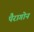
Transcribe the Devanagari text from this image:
पैरागोन